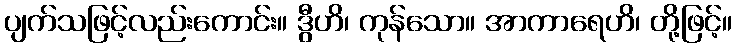
ပျက်သဖြင့်လည်းကောင်း။ ဒွီဟိ၊ ကုန်သော။ အာကာရေဟိ၊ တို့ဖြင့်။